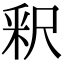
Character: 釈